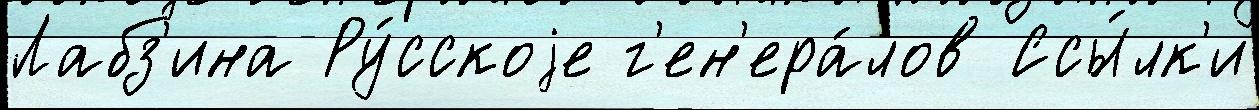
Лабз'ина Ру́сскоjе г'ен'ера́лов Ссы́лк'и